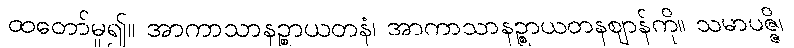
ထတော်မူ၍။ အာကာသာနဉ္စာယတနံ၊ အာကာသာနဉ္စာယတနဈာန်ကို။ သမာပဇ္ဇိ၊